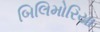
બિલિમોરિયા